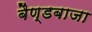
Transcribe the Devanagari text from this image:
बैण्डबाजा